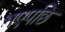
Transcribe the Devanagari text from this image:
भएपछि